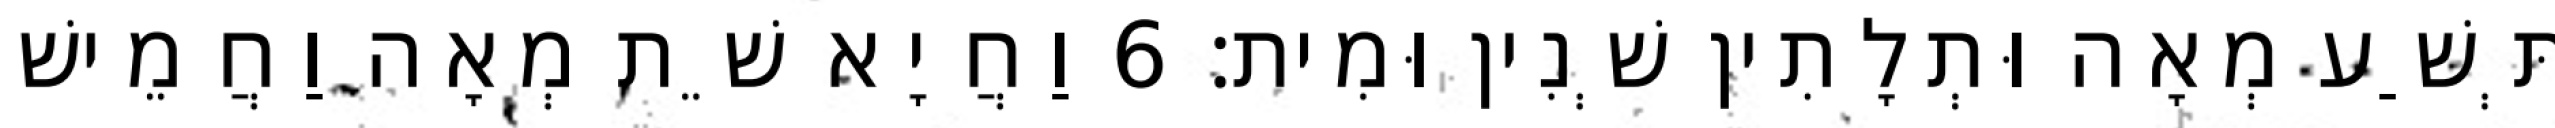
תְּשַׁע מְאָה וּתְלָתִין שְׁנִין וּמִית׃ 6 וַחֲיָא שֵׁת מְאָה וַחֲמֵישׁ